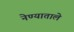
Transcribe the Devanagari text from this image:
नेण्याताले